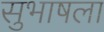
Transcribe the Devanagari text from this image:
सुभाषला